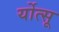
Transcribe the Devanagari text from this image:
र्योत्सू